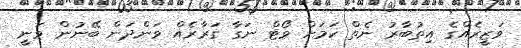
ވަޒީރެއްގެ އިތުބާރު ނެތް ކަމަށް ވޯޓް ނަގާ ގަރާރެއް ވަންދަން ބޭނުން ވަނީ